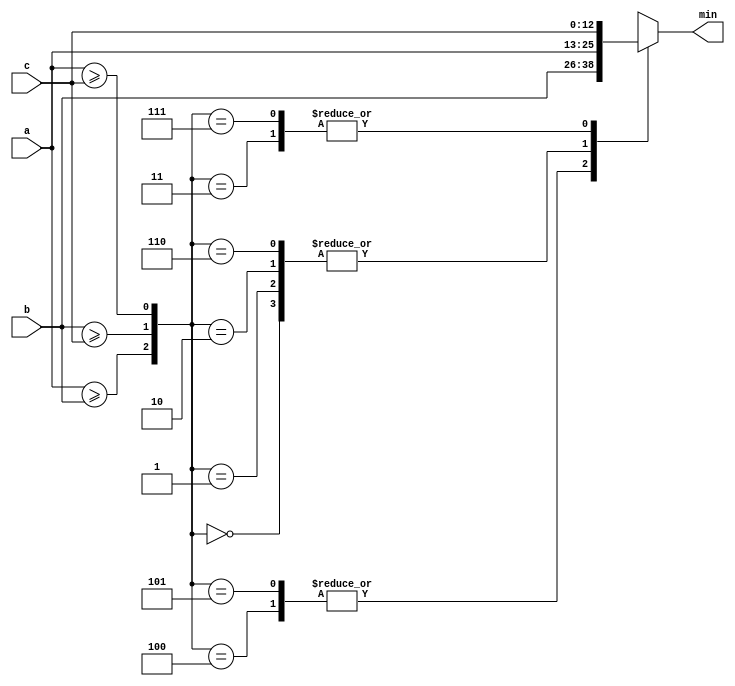
`timescale 1ns / 1ps
//////////////////////////////////////////////////////////////////////////////////
// Company: 
// Engineer: 
// 
// Design Name: 
// Module Name: min
// Project Name: 
// Target Devices: 
// Tool Versions: 
// Description: 
// 
// Dependencies: 
// 
// Revision:
// Revision 0.01 - File Created
// Additional Comments:
// 
//////////////////////////////////////////////////////////////////////////////////


module min(
input [12:0] a,
  input [12:0] b,
  input [12:0] c,
  output reg [12:0] min
);
 wire ab_cmp;
 wire bc_cmp;
 wire ac_cmp;
 assign ab_cmp=(a>=b);
 assign bc_cmp=(b>=c);
 assign ac_cmp=(a>=c);
 
 
 always@*
  case({ab_cmp,bc_cmp,ac_cmp})
  3'b000:
  min=a;
  
  3'b001:
  min=a;
 
  3'b010:
    min=a;
  3'b011:
	min=c;
  3'b100:
	min=b;	 
  3'b101:
	min=b;	   
	 3'b110: 
	  min=a;
	  3'b111: 
	 min=c; 
	  
	  default:;
	  endcase
	  
	  endmodule